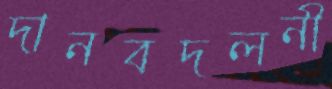
দানবদলনী